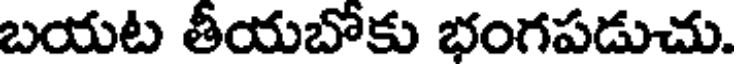
బయట తీయబోకు భంగపడుచు.